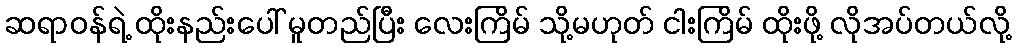
ဆရာဝန်ရဲ့ ထိုးနည်းပေါ် မူတည်ပြီး လေးကြိမ် သို့မဟုတ် ငါးကြိမ် ထိုးဖို့ လိုအပ်တယ်လို့